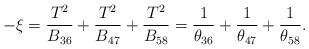
LaTeX: \begin{align*}-\xi=\frac{T^2}{B_{36}}+\frac{T^2}{B_{47}}+\frac{T^2}{B_{58}}=\frac{1}{\theta_{36}}+\frac{1}{\theta_{47}}+\frac{1}{\theta_{58}}.\end{align*}